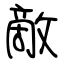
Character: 敵